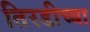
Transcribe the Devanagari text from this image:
तिरडीच्या